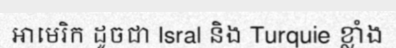
អាមេរិក ដូចជា Isral និង Turquie ខ្លាំង